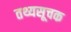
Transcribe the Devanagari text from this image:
तथ्यसूचक